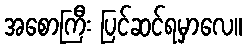
အစောကြီး ပြင်ဆင်ရမှာလေ။